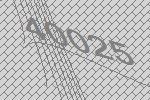
40025